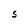
Character: S